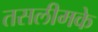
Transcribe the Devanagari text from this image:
तसलीमके